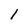
Character: 1